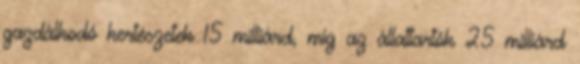
gazdálkodó kertészetek 15 milliárd, míg az állattartók 25 milliárd